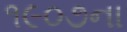
૧૯૦૭ના